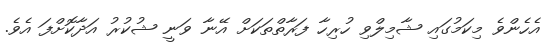
އެހެންވެ މިކަމުގައި ޝާމިލްވި ހުރިހާ ފަރާތްތަކަށް އޭނާ ވަނީ ޝުކުރު އަދާކޮށްފަ އެވެ.